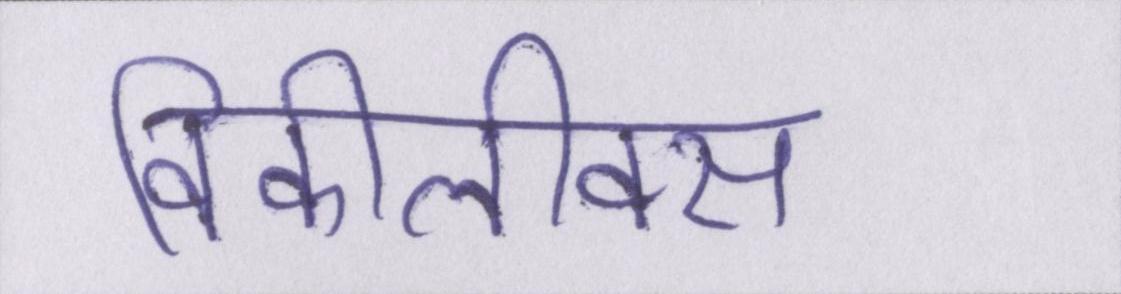
विकीलीक्स